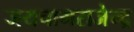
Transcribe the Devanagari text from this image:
जयचामराजेन्द्र